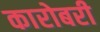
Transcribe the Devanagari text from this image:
कारोबरी